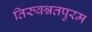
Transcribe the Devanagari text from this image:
तिरुवन्नतपुरम